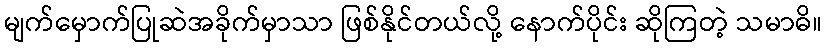
မျက်မှောက်ပြုဆဲအခိုက်မှာသာ ဖြစ်နိုင်တယ်လို့ နောက်ပိုင်း ဆိုကြတဲ့ သမာဓိ။